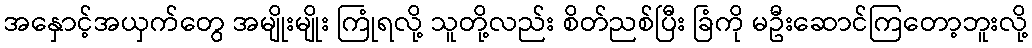
အနှောင့်အယှက်တွေ အမျိုးမျိုး ကြုံရလို့ သူတို့လည်း စိတ်ညစ်ပြီး ခြံကို မဦးဆောင်ကြတော့ဘူးလို့